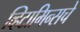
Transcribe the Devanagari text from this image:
व्हिटामिन्‍सचे